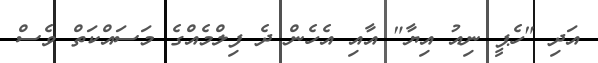
އަދި "ހެޕީ ނިއު އިޔާ" އާއި އެހެން ދެ ފިލްމެއްގެ މަސައްކަތް ވެސް